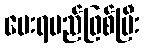
ပေးရမည်ဖြစ်ပြီး